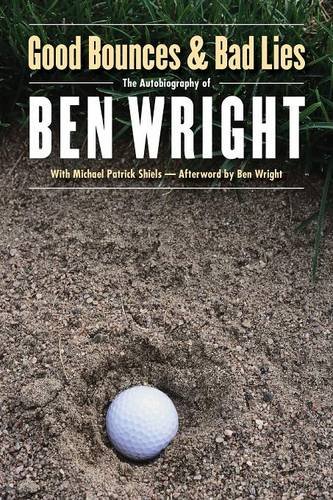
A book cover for Good Bounces and Bad Lies; Ben Wright; Biographies & Memoirs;